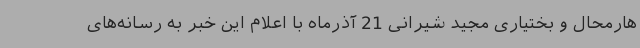
هارمحال و بختیاری مجید شیرانی 21 آذرماه با اعلام این خبر به رسانه‌های